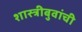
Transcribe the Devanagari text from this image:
शास्त्रीबुवांची